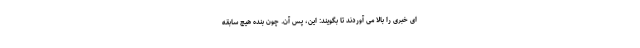
ای خبری را بالا می آوردند تا بگویند: این، پس آن. چون بنده هیچ سابقه